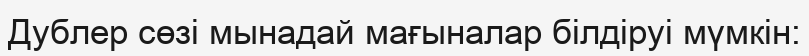
Дублер сөзі мынадай мағыналар білдіруі мүмкін: